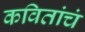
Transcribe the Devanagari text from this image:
कवितांचं